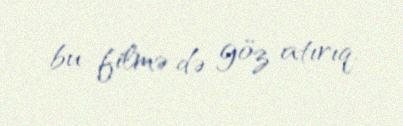
bu filmə də göz atırıq.